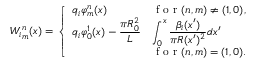
{ W _ { i } } _ { m } ^ { n } ( x ) = \left\{ \begin{array} { l l } { q _ { i } \varphi _ { m } ^ { n } ( x ) } & { \textrm { f o r } ( n , m ) \neq ( 1 , 0 ) , } \\ { \displaystyle q _ { i } \varphi _ { 0 } ^ { 1 } ( x ) - \frac { \pi R _ { 0 } ^ { 2 } } { L } } & { \displaystyle \int _ { 0 } ^ { x } \frac { \beta _ { i } ( x ^ { \prime } ) } { \pi R ( x ^ { \prime } ) ^ { 2 } } d x ^ { \prime } } \\ & { \textrm { f o r } ( n , m ) = ( 1 , 0 ) . } \end{array} \right.